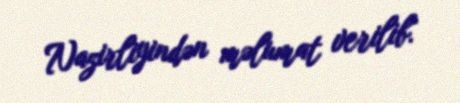
Nazirliyindən məlumat verilib.